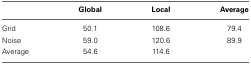
<table><thead><tr><td></td><td><b>Global</b></td><td><b>Local</b></td><td><b>Average</b></td></tr></thead><tbody><tr><td>Grid</td><td>50.1</td><td>108.6</td><td>79.4</td></tr><tr><td>Noise</td><td>59.0</td><td>120.6</td><td>89.9</td></tr><tr><td>Average</td><td>54.6</td><td>114.6</td><td></td></tr></tbody></table>